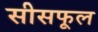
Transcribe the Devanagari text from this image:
सीसफूल